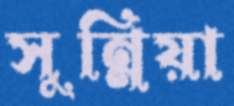
সুন্নিয়া